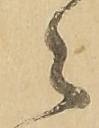
々